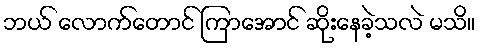
ဘယ် လောက်တောင် ကြာအောင် ဆိုးနေခဲ့သလဲ မသိ။